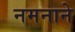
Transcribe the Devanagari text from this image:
नमनाने